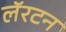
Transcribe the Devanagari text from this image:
लॅरटन